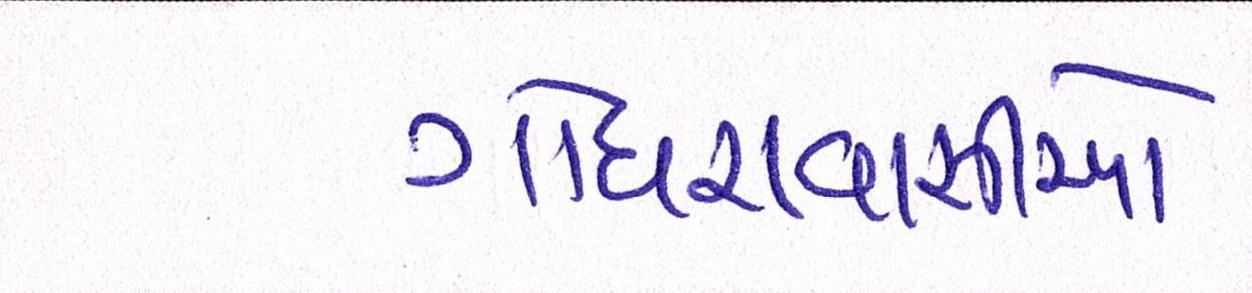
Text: ગોધરાવાસીઓ